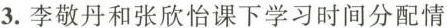
3.李敬丹和张欣怡课下学习时间分配情